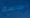
بمدرسة